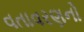
વતાવરણનો